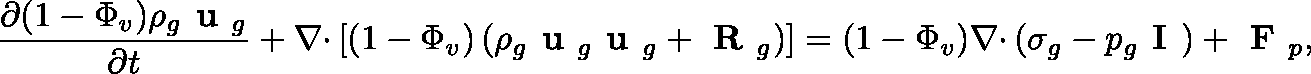
\frac { \partial ( 1 - \Phi _ { v } ) \rho _ { g } \textbf { u } _ { g } } { \partial t } + \nabla \mathbf { \cdot } \left[ ( 1 - \Phi _ { v } ) \left( \rho _ { g } \textbf { u } _ { g } \textbf { u } _ { g } + \textbf { R } _ { g } \right) \right] = ( 1 - \Phi _ { v } ) \nabla \mathbf { \cdot } \left( \mathbf { \sigma } _ { g } - p _ { g } \textbf { I } \right) + \textbf { F } _ { p } ,